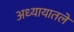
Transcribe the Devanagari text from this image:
अध्‍यायातले